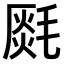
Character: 𣯅